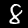
Label: 8